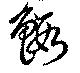
鰕